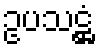
ဥပသဋ္ဌံ